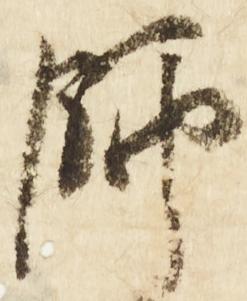
師